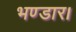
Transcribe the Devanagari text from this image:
भण्डार।